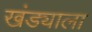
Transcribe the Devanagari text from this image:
खंड्याला